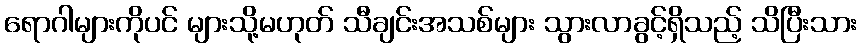
ရောဂါများကိုပင် များသို့မဟုတ် သီချင်းအသစ်များ သွားလာခွင့်ရှိသည့် သိပြီးသား